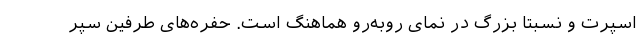
اسپرت و نسبتا بزرگ در نمای رو‌به‌رو هماهنگ است. حفره‌های طرفین سپر